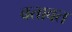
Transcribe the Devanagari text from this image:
बतावत